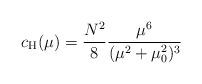
LaTeX: \begin{align*}c_{\mathrm{H}}(\mu)={\frac{N^2}{8}}{\frac{\mu^6}{(\mu^2+\mu_0^2)^3}}\end{align*}